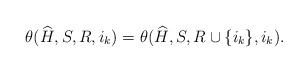
\begin{align*}\theta(\widehat{H},S,{R},i_k) = \theta(\widehat{H},S,{R} \cup \{i_k \},i_k).\end{align*}